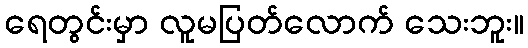
ရေတွင်းမှာ လူမပြတ်လောက် သေးဘူး။